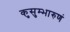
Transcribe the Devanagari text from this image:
कुसुम्भारुणं